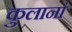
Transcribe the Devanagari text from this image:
कुलानां